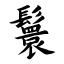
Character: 鬟